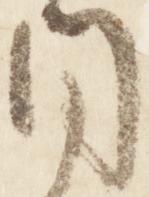
同